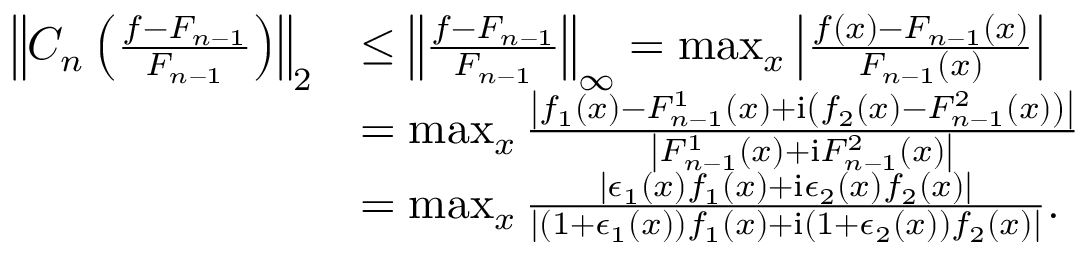
\begin{array} { r l } { \left\Vert C _ { n } \left( \frac { f - F _ { n - 1 } } { F _ { n - 1 } } \right) \right\Vert _ { 2 } } & { \leq \left\Vert \frac { f - F _ { n - 1 } } { F _ { n - 1 } } \right\Vert _ { \infty } = \operatorname* { m a x } _ { x } { \left\vert \frac { f ( x ) - F _ { n - 1 } ( x ) } { F _ { n - 1 } ( x ) } \right\vert } } \\ & { = \operatorname* { m a x } _ { x } { \frac { \left\vert f _ { 1 } ( x ) - F _ { n - 1 } ^ { 1 } ( x ) + \mathrm { i } \left( f _ { 2 } ( x ) - F _ { n - 1 } ^ { 2 } ( x ) \right) \right\vert } { \left\vert F _ { n - 1 } ^ { 1 } ( x ) + \mathrm { i } F _ { n - 1 } ^ { 2 } ( x ) \right\vert } } } \\ & { = \operatorname* { m a x } _ { x } { \frac { \left\vert \epsilon _ { 1 } ( x ) f _ { 1 } ( x ) + \mathrm { i } \epsilon _ { 2 } ( x ) f _ { 2 } ( x ) \right\vert } { \left\vert ( 1 + \epsilon _ { 1 } ( x ) ) f _ { 1 } ( x ) + \mathrm { i } ( 1 + \epsilon _ { 2 } ( x ) ) f _ { 2 } ( x ) \right\vert } } . } \end{array}